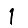
Digit: 1